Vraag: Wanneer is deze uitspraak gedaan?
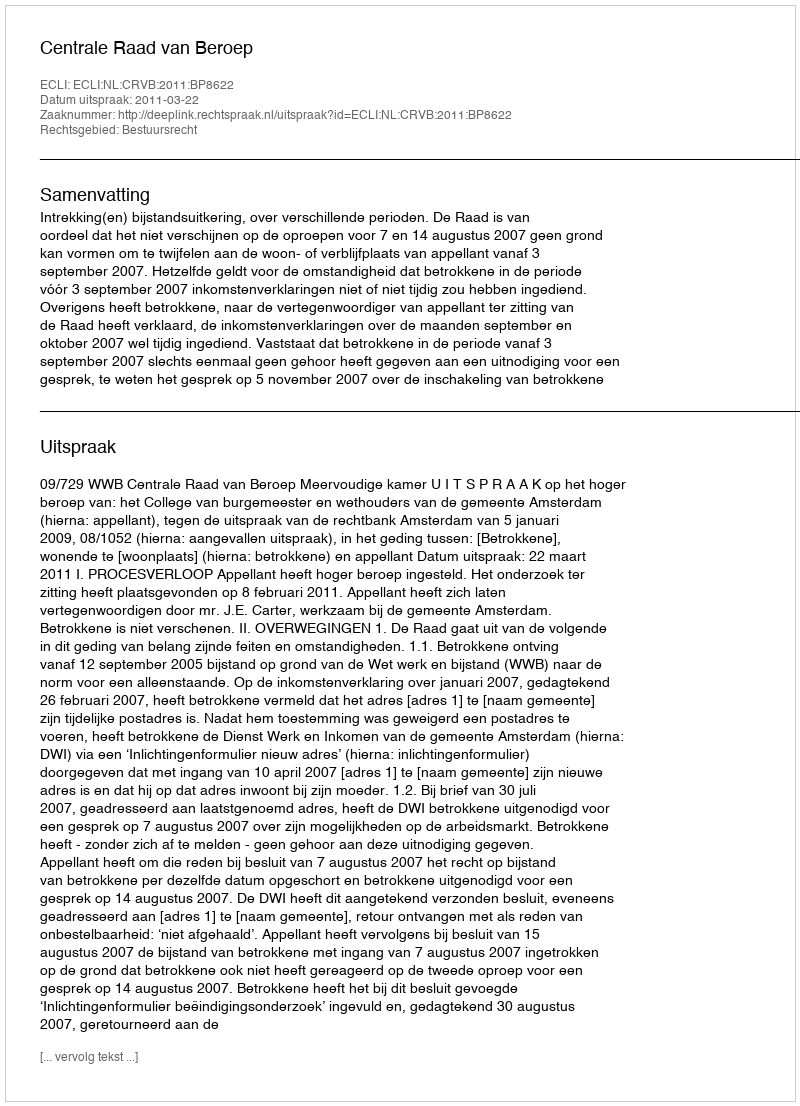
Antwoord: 2011-03-22